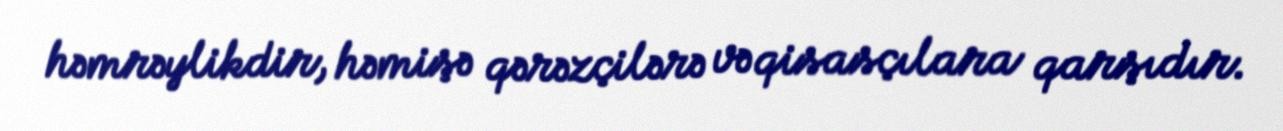
həmrəylikdir, həmişə qərəzçilərə və qisasçılara qarşıdır.